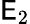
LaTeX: \mathsf{E}_{2}